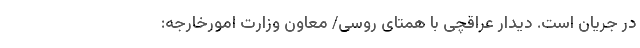
در جریان است. دیدار عراقچی با همتای روسی/ معاون وزارت امورخارجه: